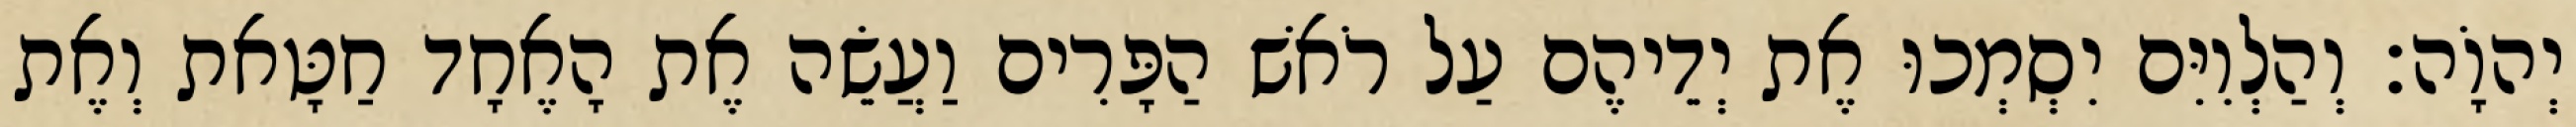
יְהוָֹה׃ וְהַלְוִיִּם יִסְמְכוּ אֶת יְדֵיהֶם עַל רֹאשׁ הַפָּרִים וַעֲשֵׂה אֶת הָאֶחָד חַטָּאת וְאֶת